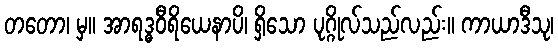
တတော၊ မှ။ အာရဒ္ဓဝီရိယေနာပိ၊ ရှိသော ပုဂ္ဂိုလ်သည်လည်း။ ကာယာဒီသု၊